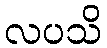
လပသိ